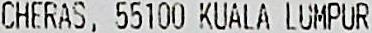
CHERAS, 55100 KUALA LUMPUR